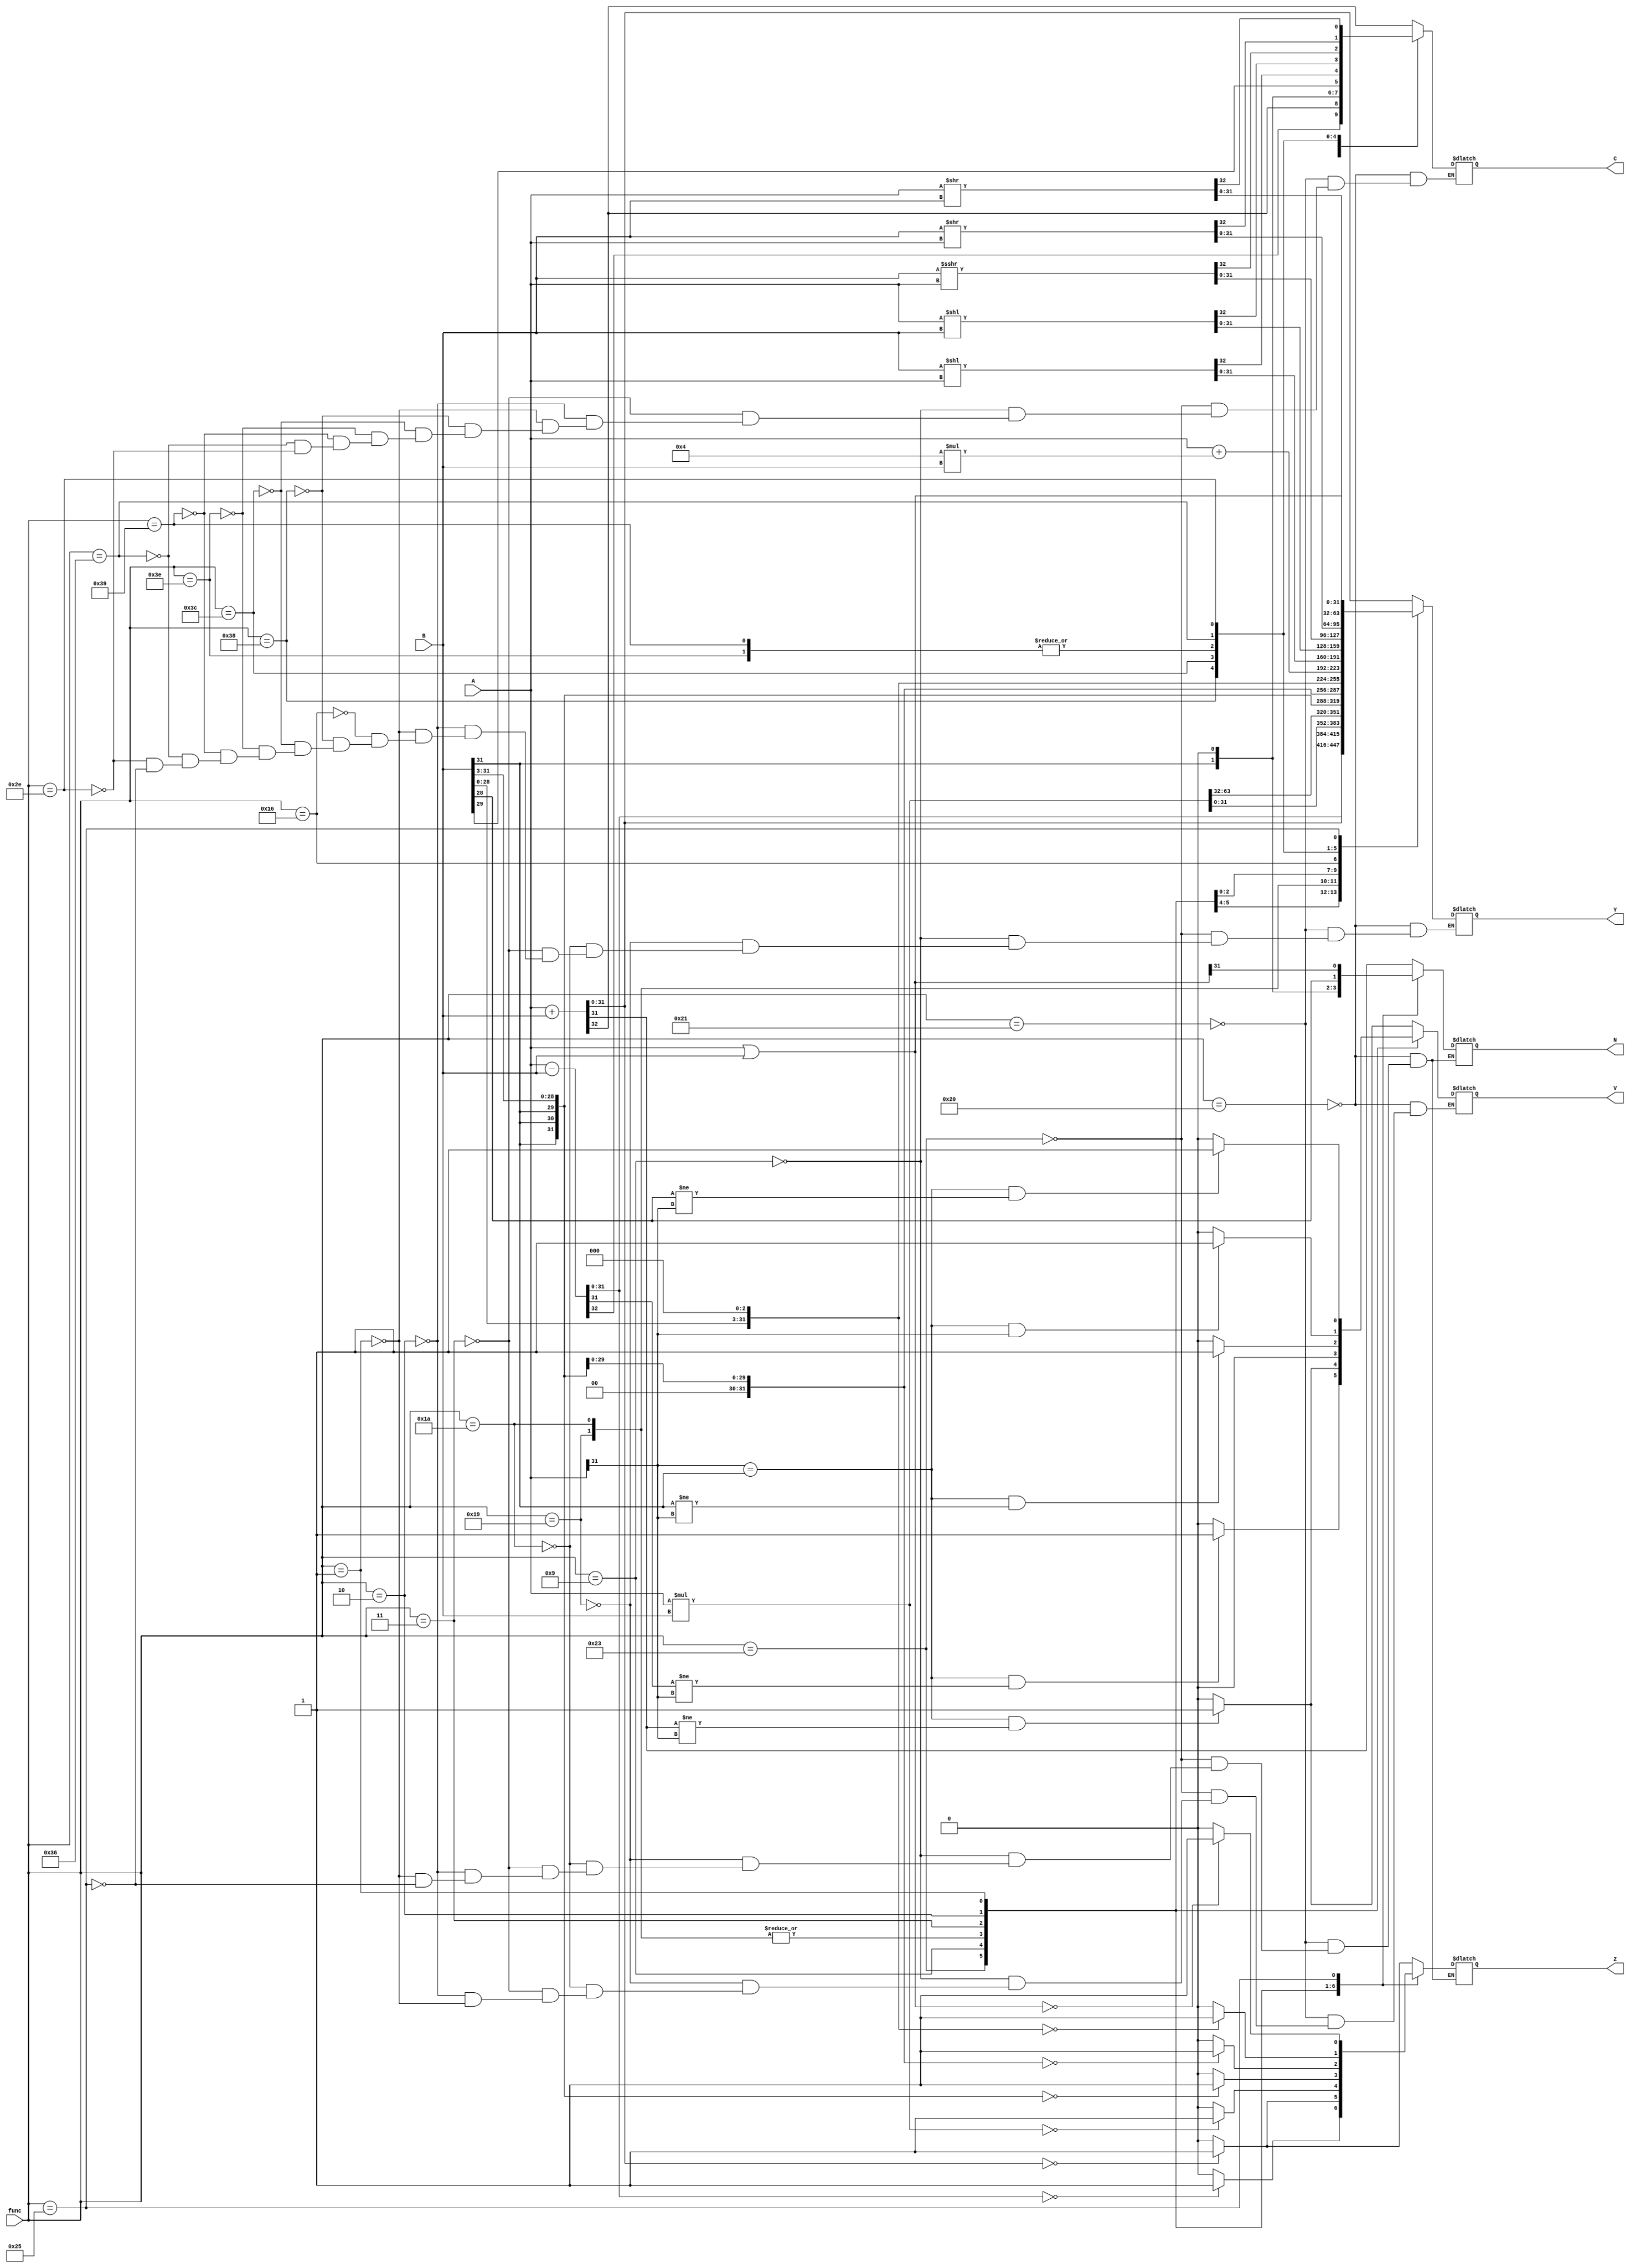

module ALU(output reg [31:0] Y, output reg N, Z, C, V, input [5:0] func, input signed [31:0]A, input signed [31:0]B);
integer count1,count2,count3,i;
reg [63:0] temp;
always@(func,A,B)
begin 
	case(func)
		6'b100000: begin {C,Y}=A+B; 
		N = (Y[31]==1'b1);
		Z = (Y == 32'b00000000000000000000000000000000) ? 1 : 0 ;
		if(A[31]==B[31] && Y[31]!=A[31]) V=1;
		else V=0;
		end// ADD--

		6'b100001: begin {C,Y}=A+B; 
		N = (Y[31]==1'b1);
		Z = (Y == 32'b00000000000000000000000000000000) ? 1 : 0 ;
		if(A[31]==B[31] && Y[31]!=A[31]) V=1;
		else V=0;
		end // ADDU--

		6'b100011: begin {C,Y}=A-B;
		N = (Y[31]==1'b1);
		Z = (Y == 32'b00000000000000000000000000000000) ? 1 : 0 ;
		if(A[31]==B[31] && Y[31]!=A[31]) V=1;
		else V=0;
		end // SUBU--
		/* 6'b001000: begin {C,Y}=$signed(A)+$signed(B); 
		N=Y[31];
		if(Y==0) Z=1;
		else Z=0;
		if(A[31]==B[31] && Y[31]!=A[31]) V=1;
		else V=0;
		end // ADDI-- */

		6'b001001: begin {C,Y}=$signed(A)+$signed(B); 
		N = (Y[31]==1'b1);
		Z = (Y == 32'b00000000000000000000000000000000) ? 1 : 0 ;
		if(A[31]==B[31] && Y[31]!=A[31]) V=1;
		else V=0;
		end // ADDiU--
		
		6'b011001: begin temp=$signed(A)*$signed(B);
		N = (temp[63]==1'b1);
		Z = (temp == 64'h0000000000000000) ? 1 : 0 ;
		V=0;
		Y = temp[31:0];
		end // MULTU LO
		
		6'b011010: begin temp=$signed(A)*$signed(B);
		N = (temp[63]==1'b1);
		Z = (temp == 64'h0000000000000000) ? 1 : 0 ;
		V=0;
		Y = temp[63:32];
		end // MULTU HI
		
		//SRA
		6'b000011: begin {C,Y} = B>>>32'h00000003;
		N = (Y[31]==1'b1);
		Z = (Y == 32'b00000000000000000000000000000000) ? 1 : 0 ;
		if(A[31]==B[31] && Y[31]!=A[31]) V=1;
		else V=0;
		end 
		
		//SRL
		6'b000010: begin {C,Y} = B>>32'h00000003;
		N = (Y[31]==1'b1);
		Z = (Y == 32'b00000000000000000000000000000000) ? 1 : 0 ;
		if(A[31]==B[31] && Y[31]!=A[31]) V=1;
		else V=0;
		end 
		
		//SLL	
		6'b000001: begin {C,Y} = B<<32'h00000003;
		N = (Y[31]==1'b1);
		Z = (Y == 32'b00000000000000000000000000000000) ? 1 : 0 ;
		if(A[31]==B[31] && Y[31]!=A[31]) V=1;
		else V=0;
		end 


		6'b010110: Y <= A + 4 * B;                       // Operation: Branches and Jumps

		     6'b111000: {C, Y} <= B << A;                         // Operation: SLL
            6'b111100: {C, Y} <= A << B;                         // Operation: SLLV
            6'b111110: begin 
                                                       // Operation: SRA
                {C, Y} = $signed(B) >>> A;
                
            end
            6'b111001: begin                                        // Operation: SRAV
                {C, Y} = $signed(B) >>> A;
                
            end
            6'b110110: {C, Y} <= B >> A;                         // Operation: SRL
            6'b101110: {C, Y} <= A >> B;                         // Operation: SRLV
		/* 6'b100100: begin{C,Y}=A&B; 
		N=Y[31];
		if(Y==0) Z=1;
		else Z=0;
		V=0;
		end// AND--

		6'b001100: begin{C,Y}=A&B; 
		N=Y[31];
		if(Y==0) Z=1;
		else Z=0;
		V=0;
		end// ANDI-- */



		// 6'b100111: begin Y=~(A|B); 
		// N=Y[31];
		// if(Y==0) Z=1;
		// else Z=0;
		// end//NOR--

		6'b100101: begin Y=A|B; 
		N=Y[31];
		if(Y==0) Z=1;
		else Z=0;
		end// OR--

		/*6'b001101: begin Y=A|B; 
		N=Y[31];
		if(Y==0) Z=1;
		else Z=0;
		end// ORI--

		6'b100110: begin Y=A^B;
		N=Y[31];
		if(Y==0) Z=1;
		else Z=0;
		end// XOR--

		6'b001110: begin Y=A^B; 
		N=Y[31];
		if(Y==0) Z=1;
		else Z=0;
		end// XORI--

		6'b001111: begin Y[31:16]=A; 
		Y[15:0]=0;
		end// LUI-- */


		/* 6'b100010: begin {C,Y}=$signed(A)-$signed(B);
		N=Y[31];
		if(Y==0) Z=1;
		else Z=0;
		if(A[31]==B[31] && Y[31]!=A[31]) V=1;
		else V=0;
		end//SUB--


		6'b100011: begin {C,Y}=A-B;
		N=Y[31];
		if(Y==0) Z=1;
		else Z=0;
		if(A[31]==B[31] && Y[31]!=A[31]) V=1;
		else V=0;
		end//SUBU--

		6'b101010: begin if($signed(A)<$signed(B)) Y=1;//SLT--
		else Y=0;

		end

		6'b101011: begin if(A<B) Y=1;//SLTU--
		else Y=0;

		end */


		/* 6'b001010: begin if($signed(A)<$signed(B)) Y=1;//SLTI--
		else Y=0;

		end

		6'b001011: begin if(A<B) Y=1;//SLTIU--
		else Y=0;

		end */

		/* 6'b000000: Y=A<<B[4:0];//SLL--
		6'b000100: Y=A<<B[4:0];//SLLV--
		6'b000011: Y=A>>B[4:0]; //SRA--
		6'b000111: Y=A>>B[4:0]; //SRAV--
		6'b000010: Y=A>>B[4:0]; //SRL--
		6'b000110: Y=A>>B[4:0]; //SRLV-- */


	endcase
	
end

endmodule